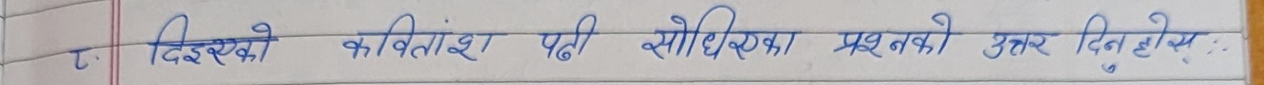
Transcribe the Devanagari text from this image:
१ दिइएको कवितांश पढी सोधिएका प्रश्नको उत्तर दिनुहोस् :